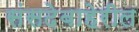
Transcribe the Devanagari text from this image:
संसदेबाहेरील